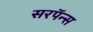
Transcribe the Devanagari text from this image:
सरपॅन्स